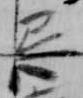
忌